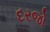
દરજો